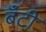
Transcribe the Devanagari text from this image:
बॅंटी